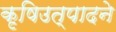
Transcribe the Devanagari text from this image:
कृषिउत्पादने